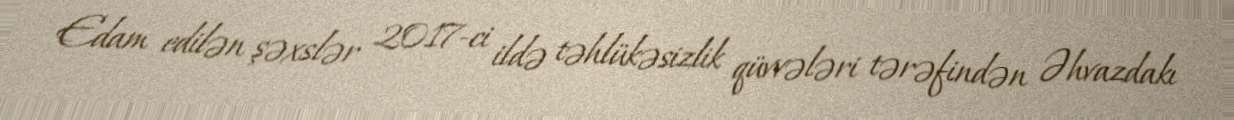
Edam edilən şəxslər 2017-ci ildə təhlükəsizlik qüvvələri tərəfindən Əhvazdakı